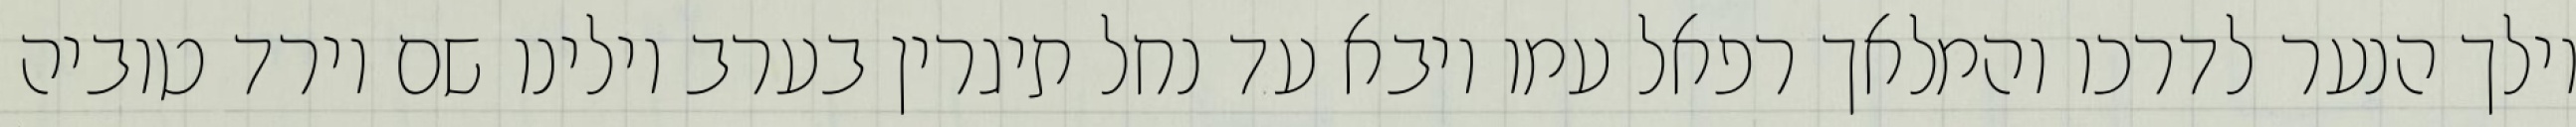
וילך הנער לדרכו והמלאך רפאל עמו ויבא עד נחל תיגרין בערב וילינו שם וירד טוביה